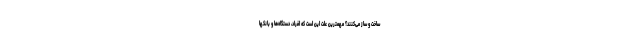
ساخت و ساز می‌کنند؟ مهمترین علت این است که افراد، دستگاه‌ها و بانکها